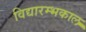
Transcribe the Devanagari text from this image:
विद्यारम्भकाल